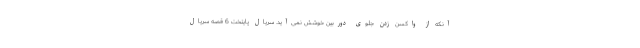
آنکه از واکسن زدن جلوی دوربین خوشش نمی‌آید. سریال پایتخت 6 قصه سریال